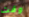
وقت